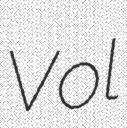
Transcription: Vol